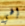
إلهي